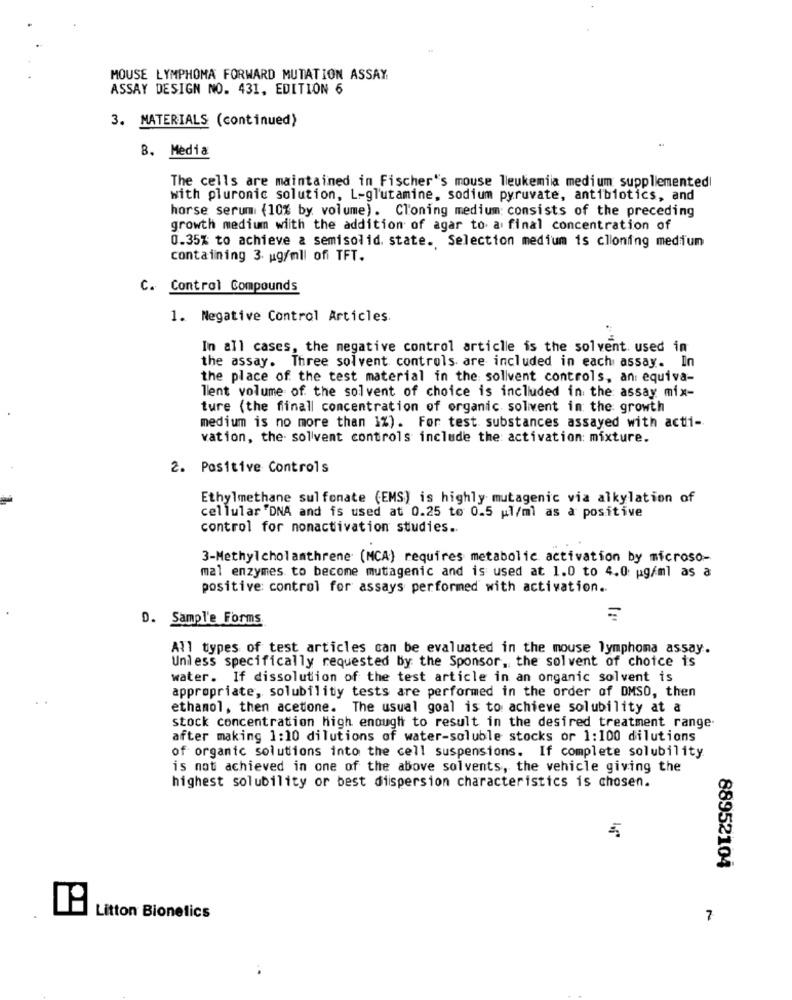
MOUSE LYMPHOMA FORWARD MUTATION ASSAY
ASSAY DESIGN NO. 431, EDITION 6
3. MATERIALS (continued)
8. Media
The cells are maintained in Fischer's mouse leukemiia medium supplemented!
with pluronic solution, L-glutamine, sodium pyruvate, antibiotics, and
horse serum (10% by volume). Cloning medium: consists of the preceding
growth medium wiith the addition of agar to al final concentration of
0.35% to achieve a semisolid. state. Selection medium is clionfing medium
containing 3. ug/mll ofi TFT.
C. Control Compounds
1. Negative Control Articles.
In all cases, the negative control article is the solvent. used in
the assay. Three solvent controls are included in each assay. In
the place of the test material in the sollvent controls, an: equiva-
lent volume of the solvent of choice is included in the assay mix-
ture (the finall concentration of organic solivent in the growth
medium is no more than 1%). For test substances assayed with acti-
vation, the solvent controls include the activation: mixture.
2. Positive Controls
Ethylmethane sul fonate (EMS) is highly mutagenic via alkylation of
cellular "DNA and is used at 0.25 to 0.5 pl/ml as a positive
control for nonactivation studies.
3-Methyl cholamthrene (MCA) requires metabolic activation by microso-
mal enzymes to become mutagenic and is used at 1.0 to 4.0 pg/ml as a
positive: control for assays performed with activation ..
D. Sample Forms
All types of test articles can be evaluated in the mouse lymphoma assay.
Unless specifically requested by the Sponsor, the solvent of choice is
water. If dissolution of the test article in an onganic solvent is
appropriate, solubility tests are performed in the order of DMSO, then
ethanol, then acetone. The usual goal is to achieve solubility at a
stock concentration high enough to result in the desired treatment range.
after making 1:10 dilutions of water-soluble stocks or 1:100 dilutions
of organic solutions into the cell suspensions. If complete solubility
is not achieved in one of the above solvents, the vehicle giving the
highest solubility or best dispersion characteristics is chosen.
88952104
Litton Bionetics
7